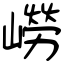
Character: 嶗